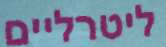
ליטרליים